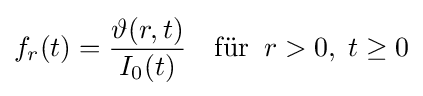
f_{r}(t)={\frac {\vartheta (r,t)}{I_{0}(t)}}\quad {\text{für}}\;\;r>0,\;t\geq 0